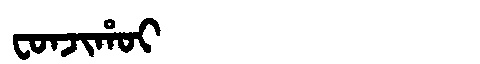
Manchu: ᠸᠣᠨᠵᡳᡥᠣᡳ
Romanization: FONJIHOI